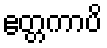
ဧတ္တကာပိ